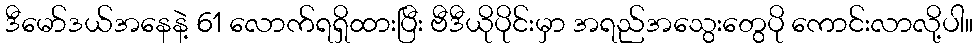
ဒီမော်ဒယ်အနေနဲ့ 61 လောက်ရရှိထားပြီး ဗီဒီယိုပိုင်းမှာ အရည်အသွေးတွေပို ကောင်းလာလို့ပါ။